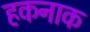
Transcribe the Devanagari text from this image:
हकनाक